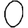
Digit: 0